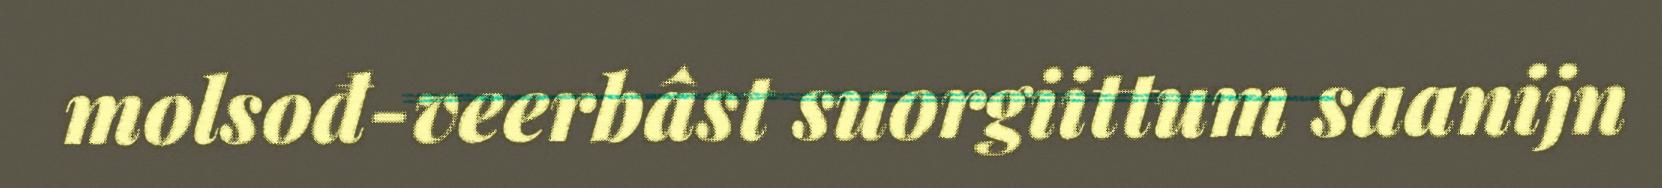
molsođ-veerbâst suorgiittum saanijn